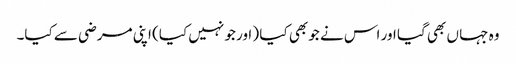
وہ جہا ں بھی گیا اور اس نے جو بھی کیا ( اور جو نہیں کیا) اپنی مرضی سے کیا۔